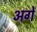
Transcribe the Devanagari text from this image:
अगें